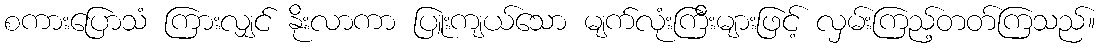
စကားပြောသံ ကြားလျှင် နိုးလာကာ ပြူးကျယ်သော မျက်လုံးကြီးများဖြင့် လှမ်းကြည့်တတ်ကြသည်။